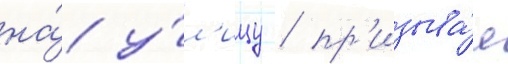
на́ у́л'ицу / пр'изыва́я